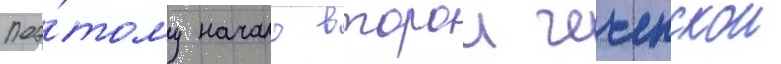
Поэ́тому начало второи чеченскои